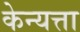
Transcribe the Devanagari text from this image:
केन्यत्ता